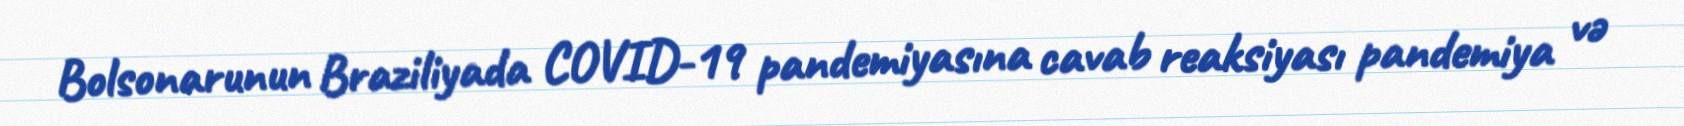
Bolsonarunun Braziliyada COVID-19 pandemiyasına cavab reaksiyası pandemiya və